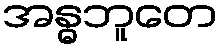
အန္ဓဘူတေ